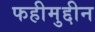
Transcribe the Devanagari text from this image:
फहीमुद्दीन